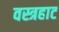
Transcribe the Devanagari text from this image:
वस्त्रहाट